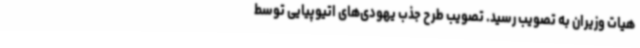
هیات وزیران به تصویب رسید. تصویب طرح جذب یهودی‌های اتیوپیایی توسط